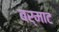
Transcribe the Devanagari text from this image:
बर्माट